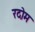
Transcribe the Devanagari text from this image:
रदोम